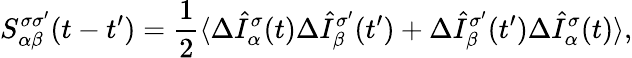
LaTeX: S_{\alpha\beta}^{\sigma\sigma^{\prime}}(t-t^{\prime})=\frac{1}{2}\langle\Delta\hat{I}_{\alpha}^{\sigma}(t)\Delta\hat{I}_{\beta}^{\sigma^{\prime}}(t^{\prime})+\Delta\hat{I}_{\beta}^{\sigma^{\prime}}(t^{\prime})\Delta\hat{I}_{\alpha}^{\sigma}(t)\rangle,